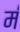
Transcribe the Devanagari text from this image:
मं॑